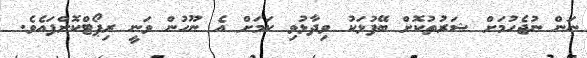
ނަން ނުޖެހުމަށް ޝަރުތުކޮށް ބޭފުޅަކު ވިދާޅުވި ކަމަށް އެ ނޫހުން ވަނީ ރިޕޯޓްކޮށްފައެވެ.